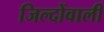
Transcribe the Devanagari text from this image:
जिल्दोंवाली